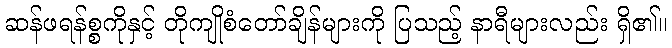
ဆန်ဖရန်စ္စကိုနှင့် တိုကျိုစံတော်ချိန်များကို ပြသည့် နာရီများလည်း ရှိ၏။